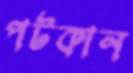
পটকান